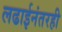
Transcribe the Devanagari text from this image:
लढाईनंतरही